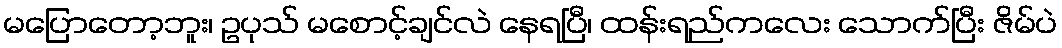
မပြောတော့ဘူး၊ ဥပုသ် မစောင့်ချင်လဲ နေရပြီ၊ ထန်းရည်ကလေး သောက်ပြီး ဇိမ်ပဲ